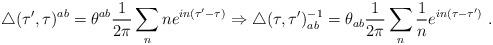
LaTeX: \begin{align*}\triangle(\tau',\tau)^{ab}=\theta^{ab}\frac{1}{2\pi}\sum_n ne^{in(\tau'-\tau)}\Rightarrow\triangle (\tau,\tau')^{-1}_{ab}=\theta_{ab}\frac{1}{2\pi}\sum_n\frac{1}{n}e^{in(\tau-\tau')} \ .\end{align*}